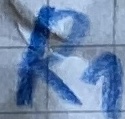
Text: R1